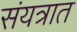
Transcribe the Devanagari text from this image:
संयत्रात